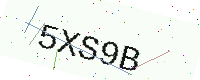
Text: 5XS9B